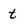
Character: t